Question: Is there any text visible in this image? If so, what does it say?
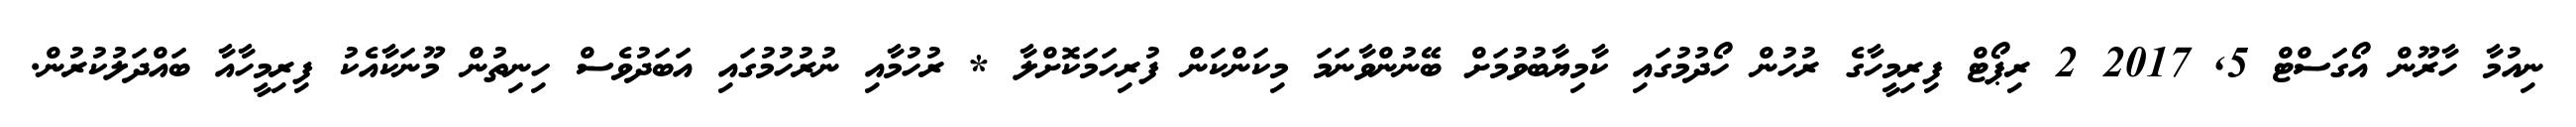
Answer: ނިއުމާ ހާރޫން އޯގަސްޓް 5, 2017 2 ރިޕޯޓް ފިރިމީހާގެ ރުހުން ހޯދުމުގައި ކާމިޔާބުވުމަށް ބޭނުންވާނަމަ މިކަންކަން ފުރިހަމަކޮށްލާ * ރުހުމާއި ނުރުހުމުގައި އަބަދުވެސް ހިނިތުން މޫނަކާއެކު ފިރިމީހާއާ ބައްދަލުކުރުން.